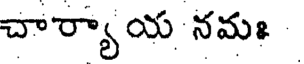
చార్యాయ నమః